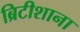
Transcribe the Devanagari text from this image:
ब्रिटीशाना